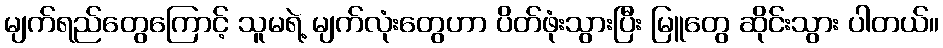
မျက်ရည်တွေကြောင့် သူမရဲ့ မျက်လုံးတွေဟာ ပိတ်ဖုံးသွားပြီး မြူတွေ ဆိုင်းသွား ပါတယ်။